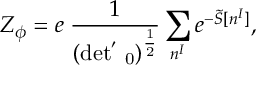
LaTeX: Z _ { \phi } = e \; \frac { 1 } { ( \mathrm { d e t ^ { ' } \Delta _ { 0 } ) ^ { \frac { 1 } { 2 } } } } \sum _ { n ^ { I } } e ^ { - \widetilde { S } [ n ^ { I } ] } ,